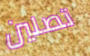
تصلين